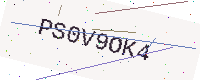
Text: PS0V9OK4